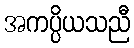
အကပ္ပိယသညီ